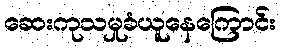
ဆေးကုသမှုခံယူနေကြောင်း